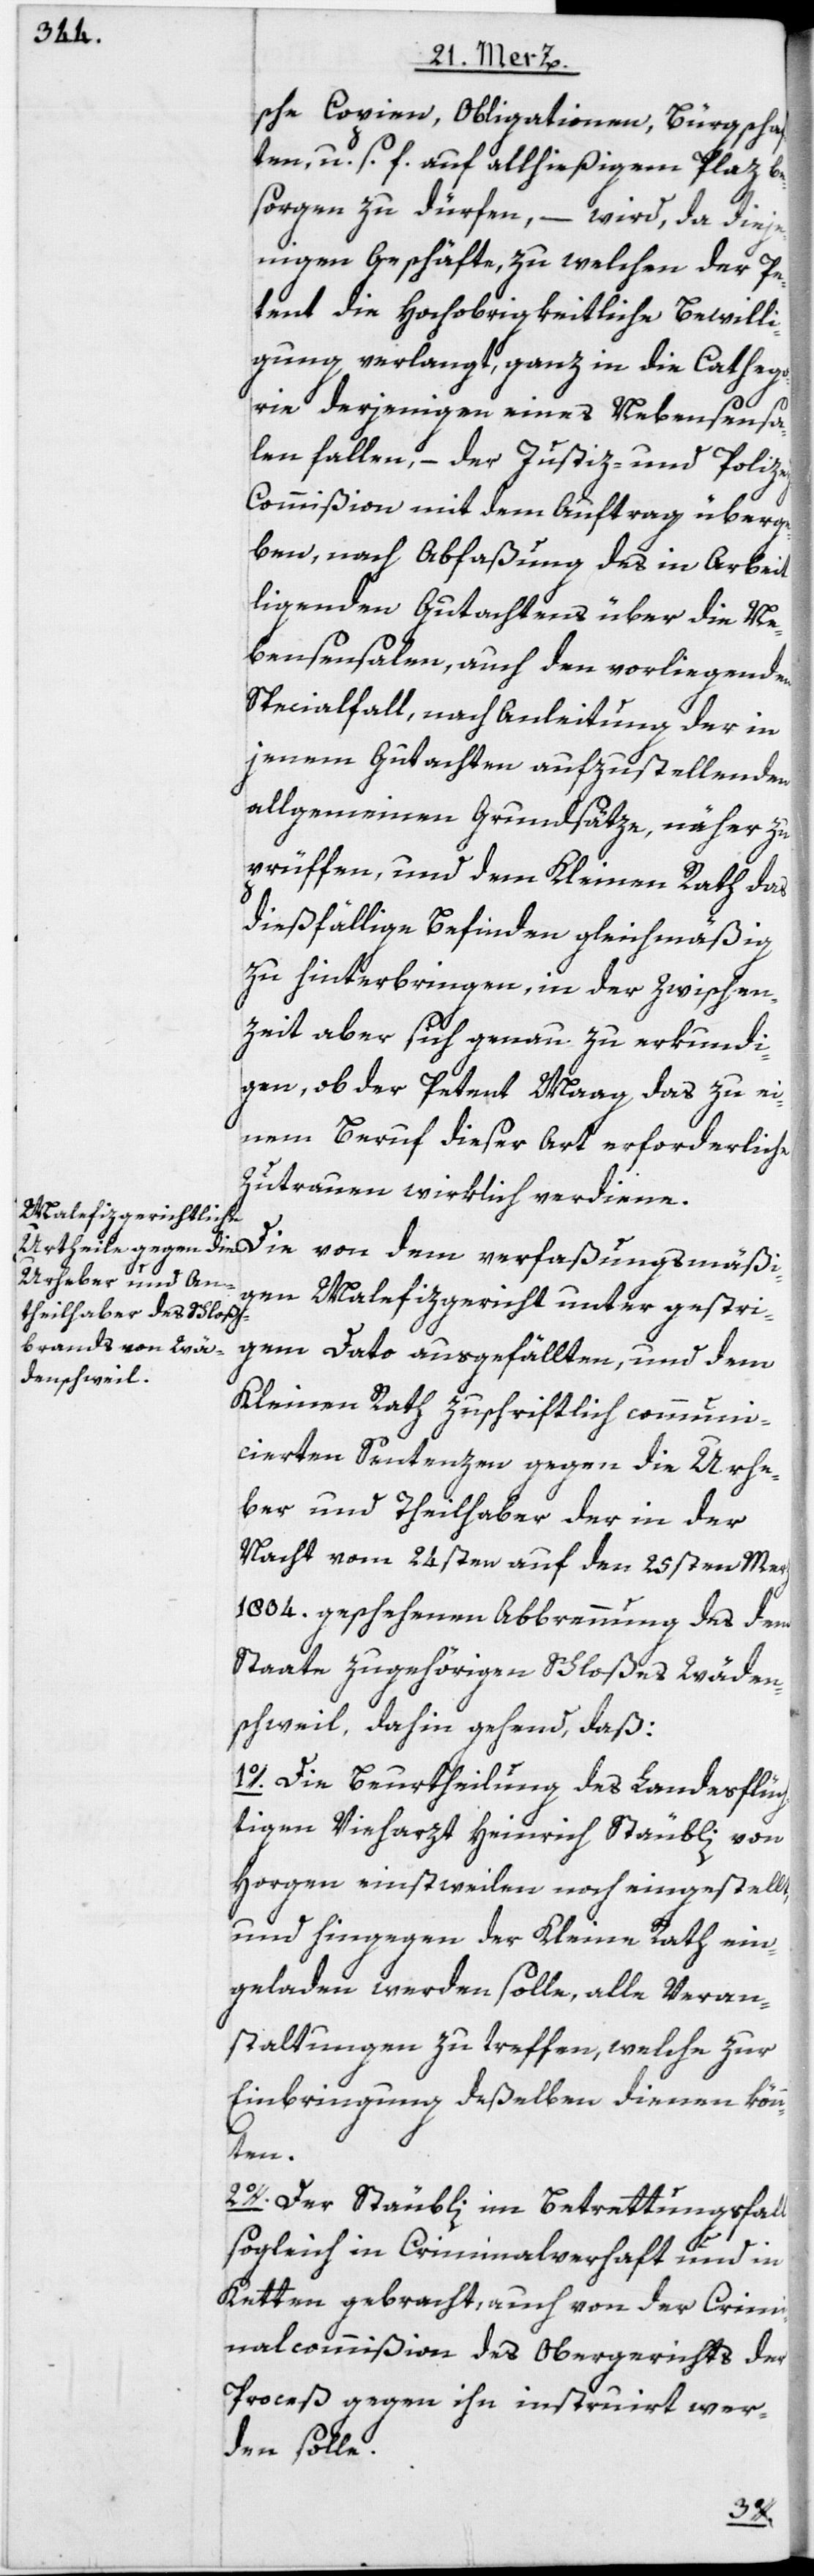
sche Copien, Obligationen, Bürgschaf¬
ten, u. s. f. auf allhießigem Plaz be¬
sorgen zu dürfen, – wird, da dieje¬
nigen Geschäfte, zu welchen der Pe¬
tent die Hochobrigkeitliche Bewilli¬
gung verlangt, ganz in die Cathego¬
rie derjenigen eines Nebensensa¬
len fallen, – der Justiz- und Polize¬
y-Commißion mit dem Auftrag überge¬
ben, nach Abfaßung des in Arbeit
liegenden Gutachtens über die Ne¬
bensensalen, auch den vorliegenden
Specialfall, nach Anleitung der in
jenem Gutachten aufzustellenden
allgemeinden Grundsätze, näher zu
prüffen, und dem Kleinen Rath das
dießfällige Befinden gleichmäßig
zu hinterbringen, in der Zwischen¬
zeit aber sich genau zu erkundi¬
gen, ob der Petent Maag das zu ei¬
nem Beruf dieser Art erforderliche
Zutrauen wirklich verdiene.
Die von dem verfaßungsmäßi¬
gen Malefizgericht unter gestri¬
gem Dato ausgefällten, und dem
Kleinen Rath zuschriftlich communi¬
cierten Sentenzen gegen die Urhe¬
ber und Theilhaber der in der
Nacht vom 24sten auf den 25sten Merz
1804. geschehenen Abbrennung des dem
Staate zugehörigen Schloßes Wäden¬
schweil, dahin gehend, daß:
1o. Die Beurtheilung des Landesflüch¬
tigen Vieharzt Heinrich Stäubli von
Horgen einstweilen noch eingestellt,
und hingegen der Kleine Rath ein¬
geladen werden solle, alle Veran¬
staltungen zu treffen, welche zur
Einbringung deßelben dienen könn¬
ten.
2o. Der Stäubli im Betrettungsfall
sogleich in Criminalverhaft und in
Ketten gebracht, auch von der Crimi¬
nalcommißion des Obergerichts der
Proceß gegen ihn instruirt wer¬
den solle.